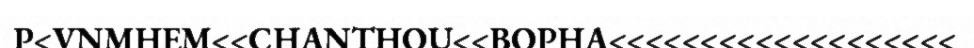
P<VNMHEM<<CHANTHOU<<BOPHA<<<<<<<<<<<<<<<<<<<